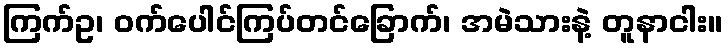
ကြက်ဥ၊ ဝက်ပေါင်ကြပ်တင်ခြောက်၊ အမဲသားနဲ့ တူနာငါး။